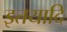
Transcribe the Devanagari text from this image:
इतयादि